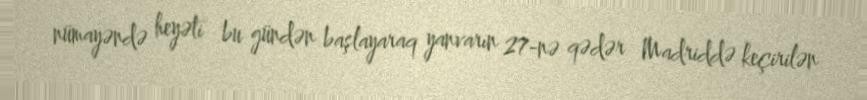
nümayəndə heyəti bu gündən başlayaraq yanvarın 27-nə qədər Madriddə keçirilən